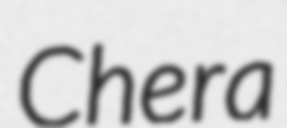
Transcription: Chera